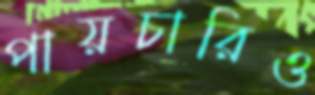
পায়চারিও